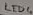
Text: LED4